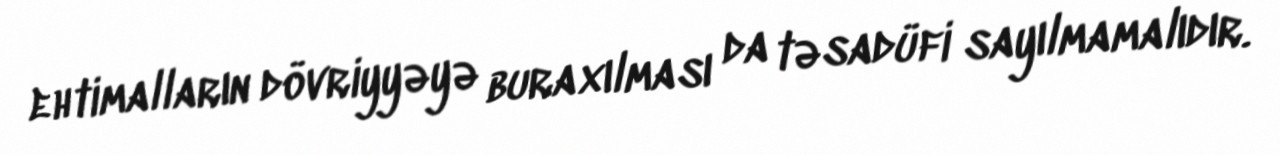
ehtimalların dövriyyəyə buraxılması da təsadüfi sayılmamalıdır.